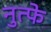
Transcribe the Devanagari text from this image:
नुत्फे